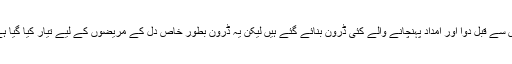
اس سے قبل دوا اور امداد پہنچانے والے کئی ڈرون بنائے گئے ہیں لیکن یہ ڈرون بطورِ خاص دل کے مریضوں کے لیے تیار کیا گیا ہے۔